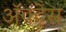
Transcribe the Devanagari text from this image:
ॲक्ट्रेस